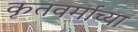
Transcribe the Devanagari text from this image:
कृतवर्माच्या